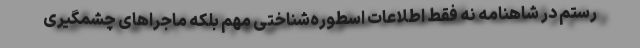
رستم در شاهنامه نه فقط اطلاعات اسطوره‌شناختی مهم بلکه ماجراهای چشمگیری